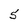
Character: 5